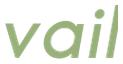
vail